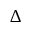
\Delta